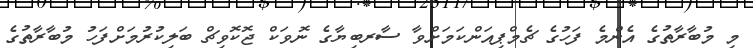
މި މުބާރާތުގެ އެންމެ ފަހުގެ ޗެމްޕިއަންކަމަށްވާ ސާރބިޔާގެ ނޮވަކް ޖޮކޮވިޗް ބަލިކުރުމަށްފަހު މުބާރާތުގެ